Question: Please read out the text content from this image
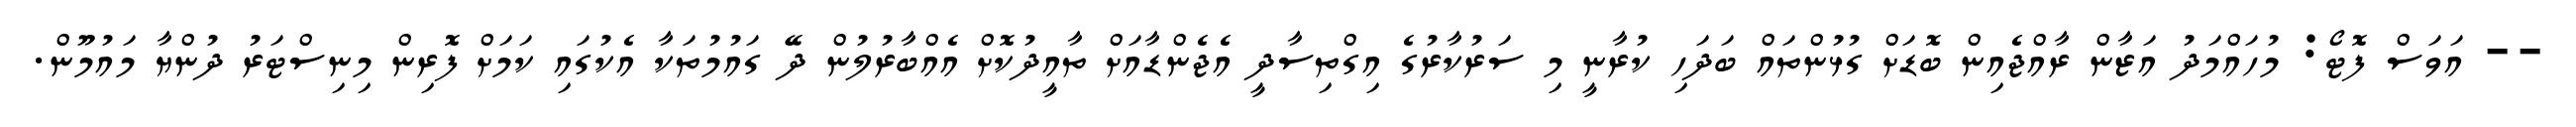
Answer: -- އަވަސް ފޮޓޯ: މުހައްމަދު އަޒާން ރާއްޖެއިން ބޮޑަށް ގުޅުންތައް ބަދަހި ކުރާނީ މި ސަރުކާރުގެ އިގްތިސާދީ އެޖެންޑާއަށް ތާއީދުކޮށް އެއްބާރުލުން ދޭ ގައުމުތަކާ އެކުގައި ކަމަށް ފޮރިން މިނިސްޓަރު ދުންޔާ މައުމޫން.